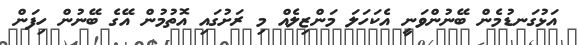
އަޅުގަނޑުމެން ބޭނުންވަނީ އެކަހަލަ މަންޒިލެއް މި ރަށުގައި އޮތުމުން އޭގެ ބޭނުން ހިފަން